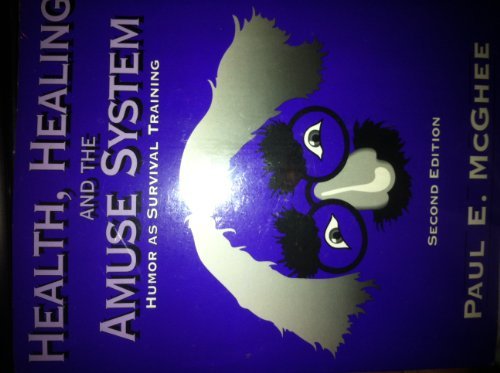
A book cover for Health Healing and Amuse System; Paul McGhee; Humor & Entertainment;